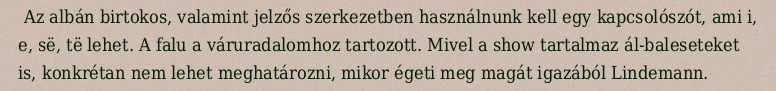
Az albán birtokos, valamint jelzős szerkezetben használnunk kell egy kapcsolószót, ami i, e, së, të lehet. A falu a váruradalomhoz tartozott. Mivel a show tartalmaz ál-baleseteket is, konkrétan nem lehet meghatározni, mikor égeti meg magát igazából Lindemann.